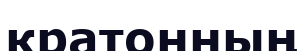
кратонның